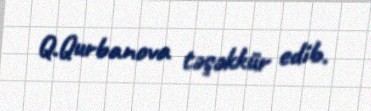
Q.Qurbanova təşəkkür edib.